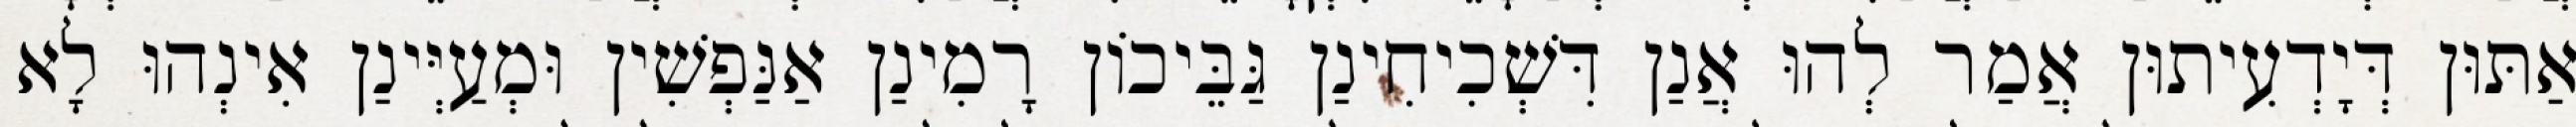
אַתּוּן דְּיָדְעִיתוּן אֲמַר לְהוּ אֲנַן דִּשְׁכִיחִינַן גַּבֵּיכוֹן רָמִינַן אַנַּפְשִׁין וּמְעַיְּינַן אִינְהוּ לָא